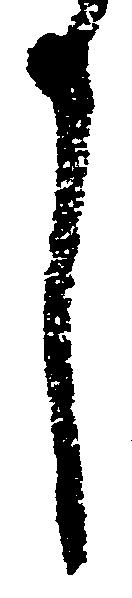
言